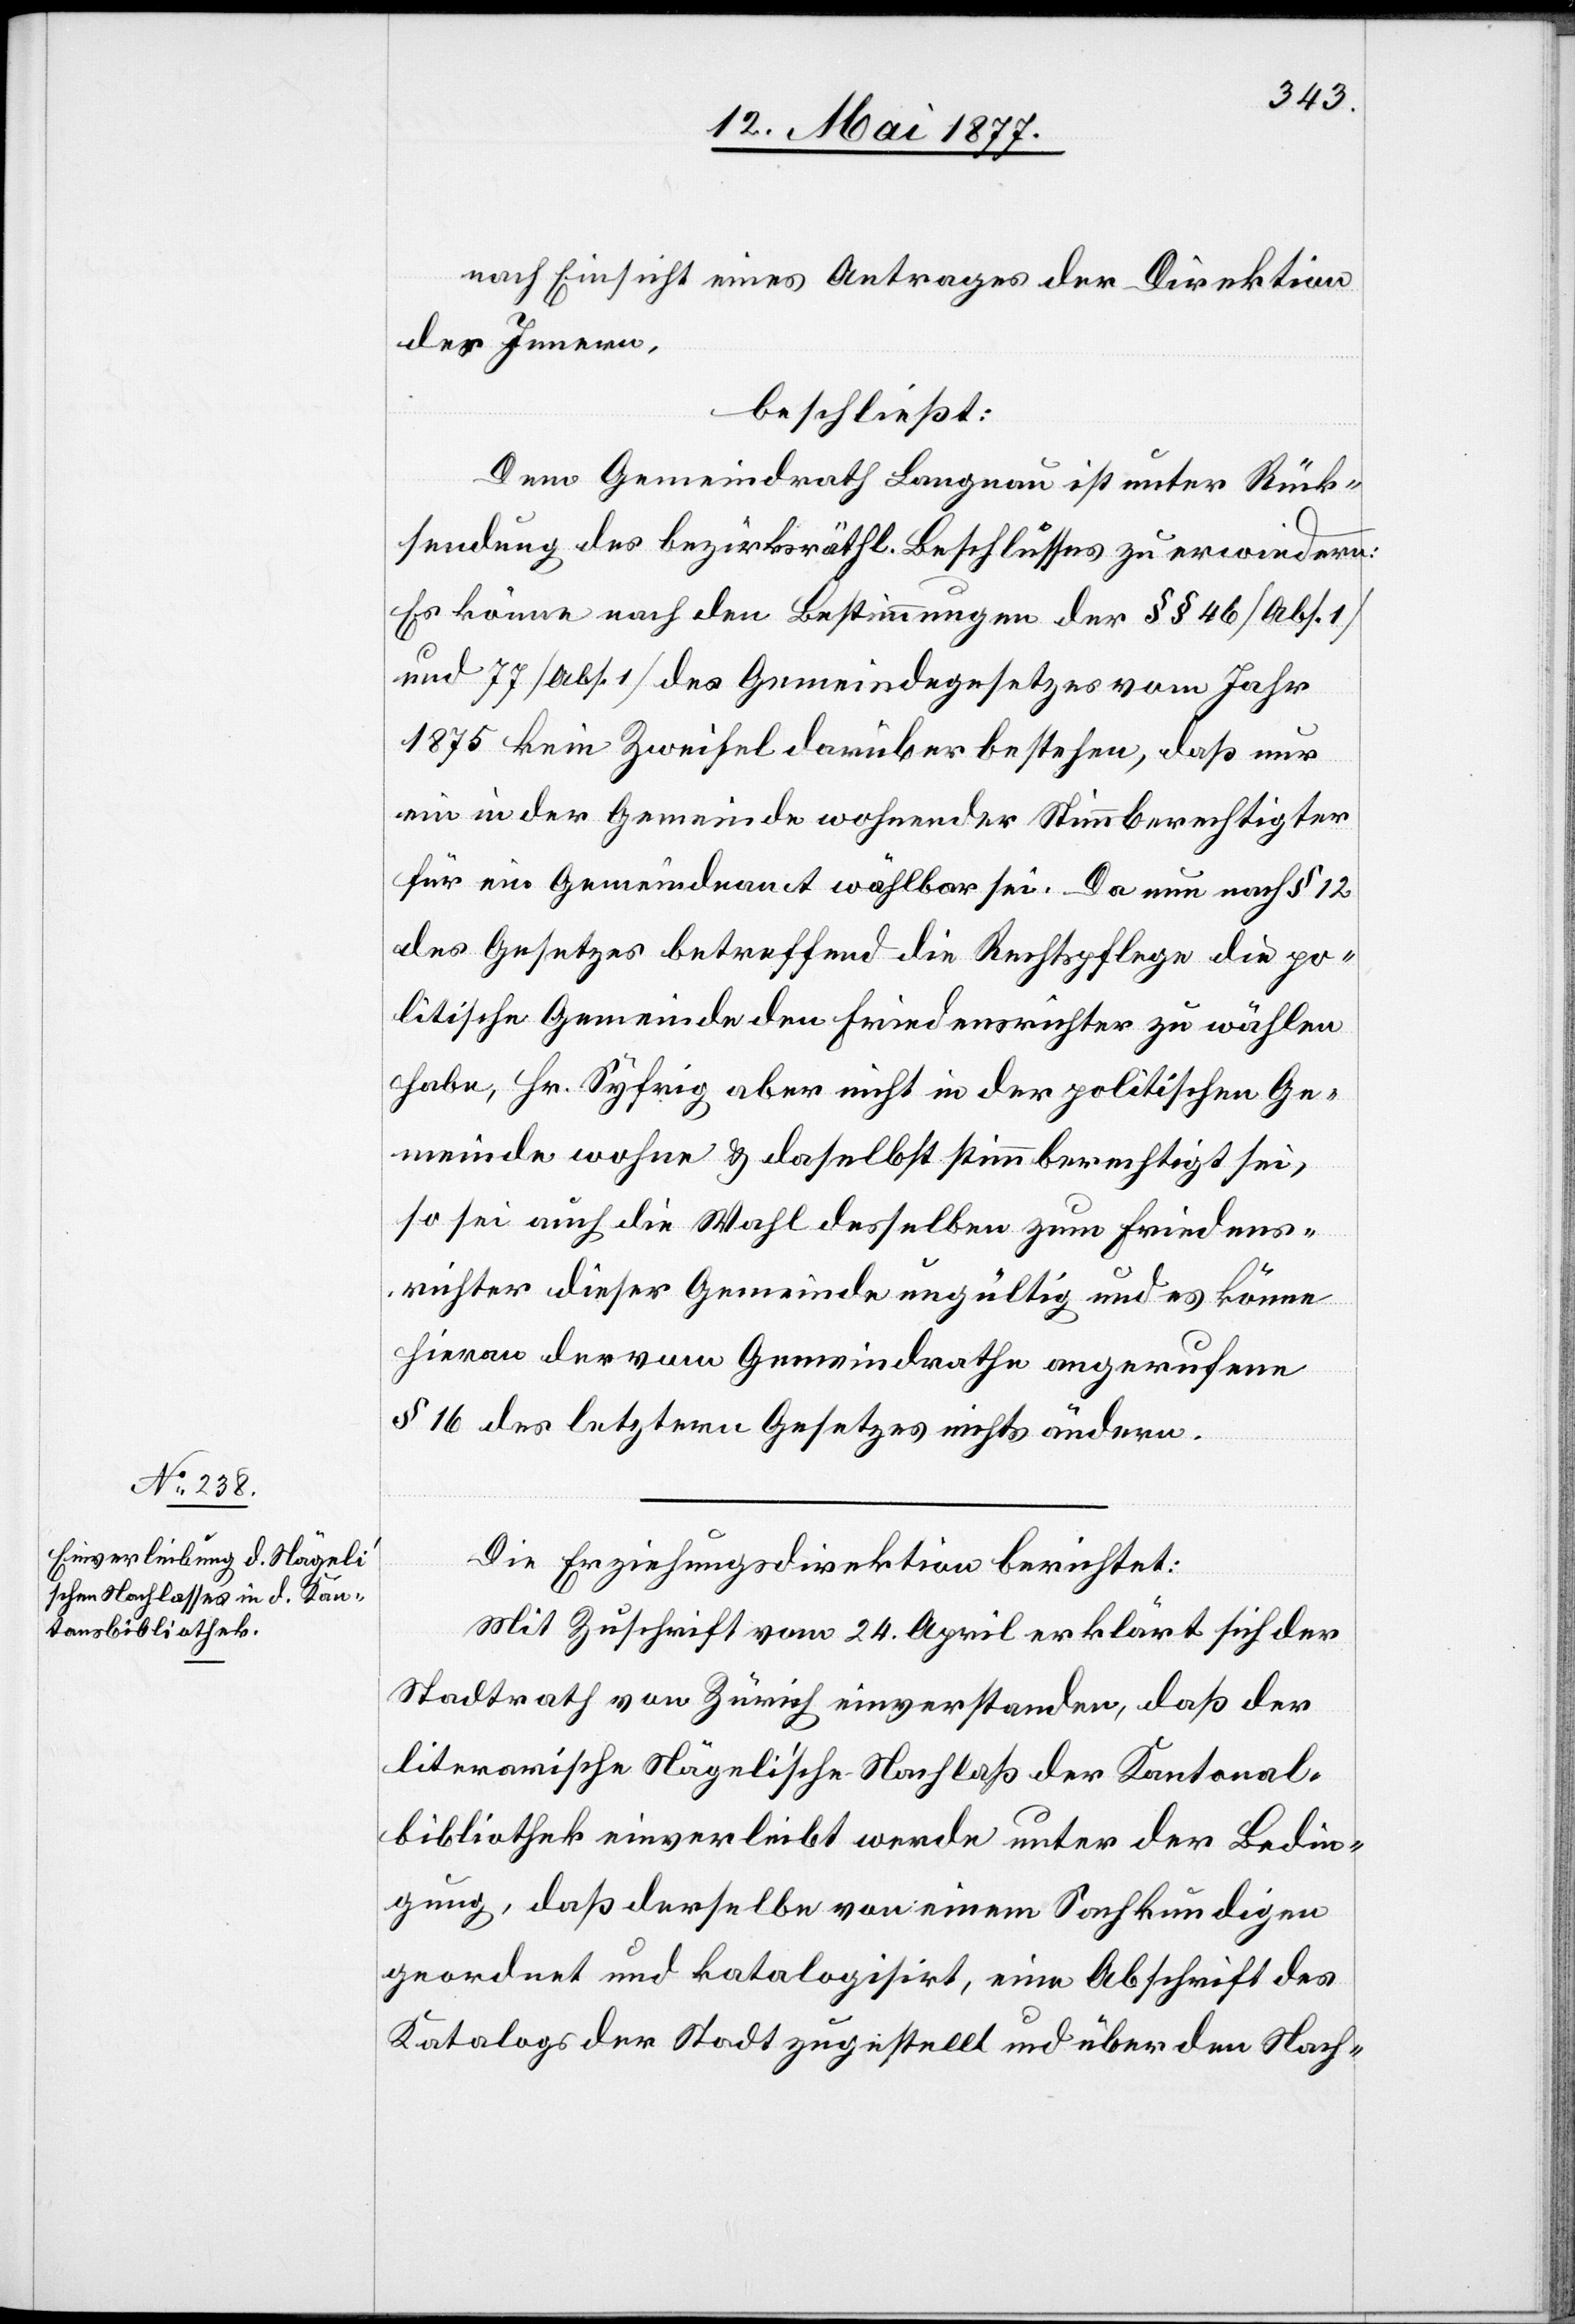
nach Einsicht eines Antrages der Direktion
des Innern,
beschließt:
Dem Gemeindrath Langnau ist unter Rück¬
sendung des bezirksräthl. Beschlusses zu erwiedern:
Es könne nach den Bestimmungen der §§ 46 [Abs. 1]
und 77 [Abs. 1] des Gemeindegesetzes vom Jahr
1875 kein Zweifel darüber bestehen, daß nur
ein in der Gemeinde wohnender Stimmberechtigter
für ein Gemeindeamt wählbar sei. Da nun nach § 12
des Gesetzes betreffend die Rechtspflege die po¬
litischen Gemeinden den Friedensrichter zu wählen
haben, Hr. Syfrig aber nicht in der politischen Ge¬
meinde wohne & daselbst stimmberechtigt sei,
so sei auch die Wahl desselben zum Friedens¬
richter dieser Gemeinde ungültig und es könne
heran der vom Gemeindrathe angerufene
§ 16 des letztern Gesetzes nichts ändern.
Die Erziehungsdirektion berichtet:
Mit Zuschrift vom 24. April erklärt sich der
Stadtrath von Zürich einverstanden, daß der
literarische Nägeli’sche Nachlaß der Kantonal¬
bibliothek einverleibt werde unter der Bedin¬
gung, daß derselbe von einem Sachkundigen
geordnet und katalogisirt, eine Abschrift des
Katalogs der Stadt zugestellt und über den Nach-